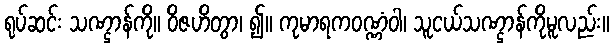
ရုပ်ဆင်း သဏ္ဌာန်ကို။ ဝိဇဟိတွာ၊ ၍။ ကုမာရကဝဏ္ဏံဝါ၊ သူငယ်သဏ္ဌာန်ကိုမူလည်း။